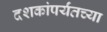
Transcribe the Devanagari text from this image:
दशकांपर्यंतच्या